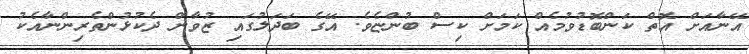
އޭނާއަށް އޮތް ކަންބޮޑުވުމެއް ކަމަށް ކިސް ބުންޏެވެ. އޭގެ ބަދަލުގައި ޒުވާން ދެކުޅުންތެރިންނާއެކު